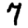
Digit: 7